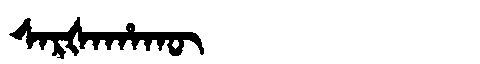
Manchu: ᠰᠠᡵᡧᠠᡥᠠᡴᡡ
Romanization: SARŠAHAKŪ